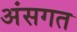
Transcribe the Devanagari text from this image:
अंसगत